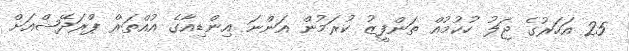
25 އަހަރުގެ ޖަލު ހުކުމުއް ތަންފީޒު ކުރަމުން އަންނަ އިންޑިއާގެ އުއްތަރް ޕްރަދޭޝްއަށް